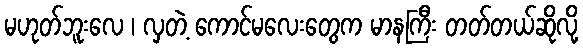
မဟုတ်ဘူးလေ ၊ လှတဲ့ ကောင်မလေးတွေက မာနကြီး တတ်တယ်ဆိုလို့